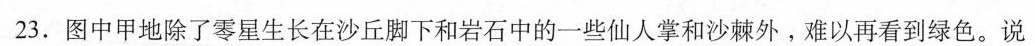
23.图中甲地除了零星生长在沙丘脚下和岩石中的一些仙人掌和沙棘外。难以再看到绿色。说